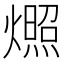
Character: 燳